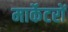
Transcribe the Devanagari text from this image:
मार्केटरों